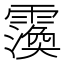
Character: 𮦲